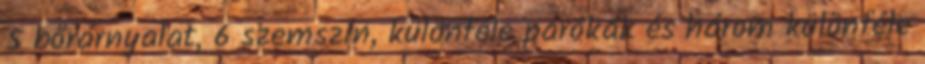
5 bőrárnyalat, 6 szemszín, különféle parókák és három különféle